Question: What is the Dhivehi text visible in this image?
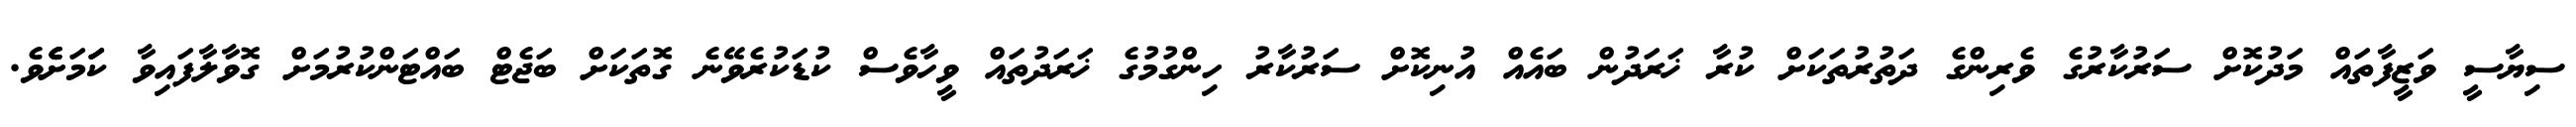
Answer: ސިޔާސީ ވަޒީފާތައް މަދުކޮށް ސަރުކާރުގެ ވެރިންގެ ދަތުރުތަކަށް ކުރާ ޚަރަދުން ބައެއް އުނިކޮށް ސަރުކާރު ހިންގުމުގެ ޚަރަދުތައް ވީހާވެސް ކުޑަކުރެވޭނެ ގޮތަކަށް ބަޖެޓް ބައްޓަންކުރުމަށް ގޮވާލާފައިވާ ކަަމަށެެެވެ.